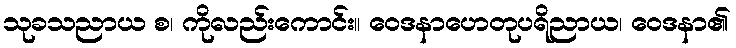
သုခသညာယ စ၊ ကိုလည်းကောင်း။ ဝေဒနာဟေတုပရိညာယ၊ ဝေဒနာ၏